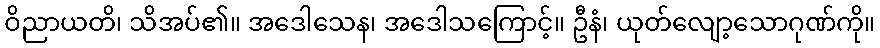
ဝိညာယတိ၊ သိအပ်၏။ အဒေါသေန၊ အဒေါသကြောင့်။ ဦနံ၊ ယုတ်လျော့သောဂုဏ်ကို။